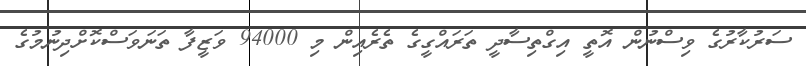
ސަރުކާރުގެ ވިސްނުން އޮތީ އިގްތިސާދީ ތަރައްގީގެ ތެރެއިން މި 94000 ވަޒީފާ ތަނަވަސްކޮށްދިނުމުގެ